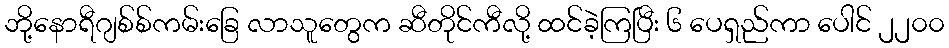
ဘို့နောရီဂျစ်စ်ကမ်းခြေ လာသူတွေက ဆီတိုင်ကီလို့ ထင်ခဲ့ကြပြီး ၆ ပေရှည်ကာ ပေါင် ၂၂၀၀